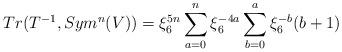
LaTeX: \begin{align*}Tr(T^{-1}, Sym^n(V)) &= \xi_6^{5n} \sum_{a=0}^n \xi_6^{-4a} \sum_{b=0}^a \xi_6^{-b}(b+1) \end{align*}